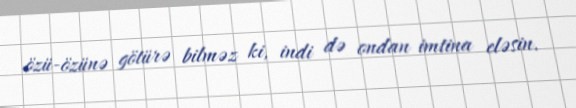
özü-özünə götürə bilməz ki, indi də ondan imtina eləsin.